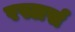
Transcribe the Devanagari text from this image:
रस्लर्स